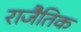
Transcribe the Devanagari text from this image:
राजैतिक